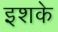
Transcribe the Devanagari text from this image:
इशके